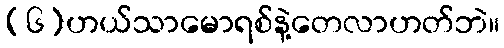
(၆)ဟယ်သာမောရစ်နဲ့တေလာဟတ်ဘဲ။